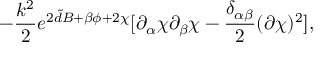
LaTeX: - \frac { k ^ { 2 } } { 2 } e ^ { 2 { \tilde { d } } B + \beta \phi + 2 \chi } [ \partial _ { \alpha } \chi \partial _ { \beta } \chi - \frac { \delta _ { \alpha \beta } } { 2 } ( \partial \chi ) ^ { 2 } ] ,